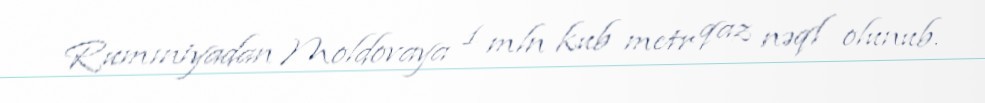
Rumıniyadan Moldovaya 1 mln kub metr qaz nəql olunub.